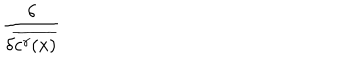
\frac { \delta } { \delta \overline { { { c ^ { \gamma } ( x ) } } } }